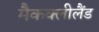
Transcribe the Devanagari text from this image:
मैकक्लीलैंड